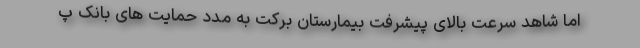
اما شاهد سرعت بالای پیشرفت بیمارستان برکت به مدد حمایت های بانک پ